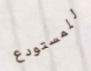
للمستودع